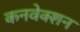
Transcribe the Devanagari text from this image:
कनवेक्शन